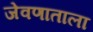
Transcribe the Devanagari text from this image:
जेवणाताला